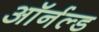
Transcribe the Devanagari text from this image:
ऑर्नल्ड